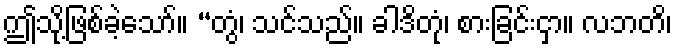
ဤသို့ဖြစ်ခဲ့သော်။ “တွံ၊ သင်သည်။ ခါဒိတုံ၊ စားခြင်းငှာ။ လဘတိ၊